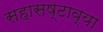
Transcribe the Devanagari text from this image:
सहासष्टाव्या